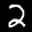
Digit: 2